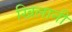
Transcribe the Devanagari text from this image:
खिलानी